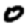
Digit: 0